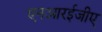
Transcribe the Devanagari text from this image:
एनआरईजीए